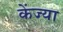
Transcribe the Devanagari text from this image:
केंज्या